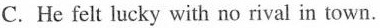
C.He felt lucky with no rival in town.